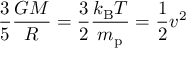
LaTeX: { \frac { 3 } { 5 } } { \frac { G M } { R } } = { \frac { 3 } { 2 } } { \frac { k _ { \mathrm { B } } T } { m _ { \mathrm { p } } } } = { \frac { 1 } { 2 } } v ^ { 2 }